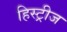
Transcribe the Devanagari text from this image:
हिस्ट्रीज